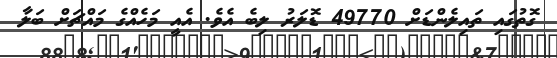
ގޮތުގައި ތައިލެންޑަށް 49770 ޑޮލަރު ލިބެ އެވެ. އެއީ މަހެއްގެ މައްޗަށް ބަލާ